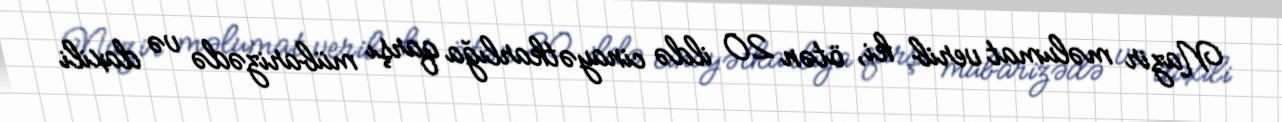
Nazir məlumat verib ki, ötən 20 ildə cinayətkarlığa qarşı mübarizədə və daxili